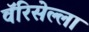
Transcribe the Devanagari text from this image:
वॅरिसेल्ला